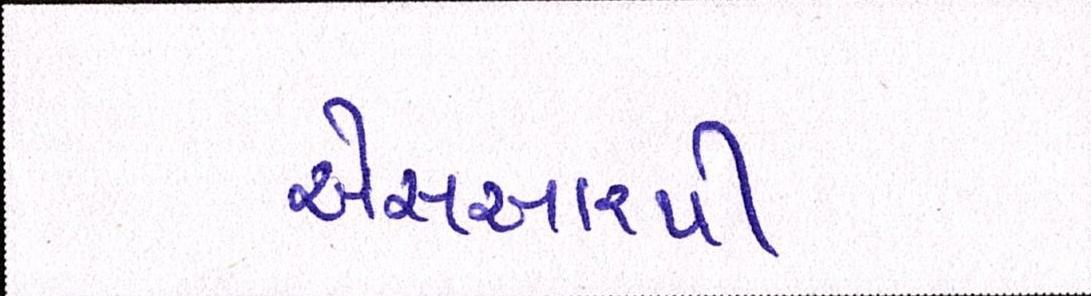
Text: એસઆરપી